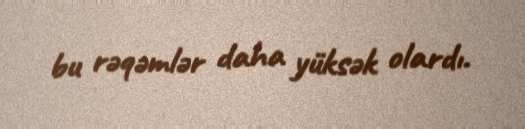
bu rəqəmlər daha yüksək olardı.